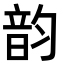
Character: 韵